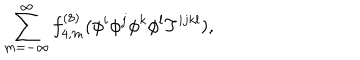
\sum _ { m = - \infty } ^ { \infty } f _ { 4 , m } ^ { ( 8 ) } ( \phi ^ { i } \phi ^ { j } \phi ^ { k } \phi ^ { l } T ^ { i j k l } ) ,